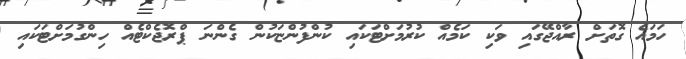
ހަމައެ ގޮތަށް ރާއްޖޭގައި ވަކި ކަމެއް ކުރުމަށްޓަކައި ކުންފުންޏަކުން ގެންނަ ޕްރޮޖެކްޓެއް ހިންގުމަށްޓަކައި